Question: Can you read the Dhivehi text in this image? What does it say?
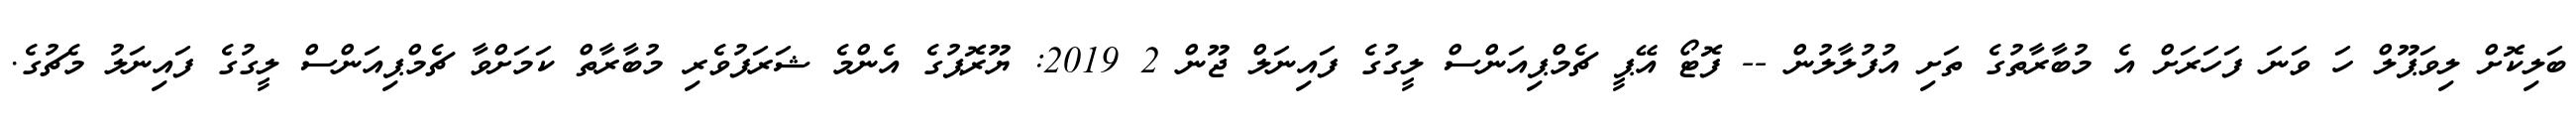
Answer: ބަލިކޮށް ލިވަޕޫލް ހަ ވަނަ ފަހަރަށް އެ މުބާރާތުގެ ތަށި އުފުލާލުން -- ފޮޓޯ އޭޕީ ޗެމްޕިއަންސް ލީގުގެ ފައިނަލް ޖޫން 2 2019: ޔޫރޮޕުގެ އެންމެ ޝަރަފުވެރި މުބާރާތް ކަމަށްވާ ޗެމްޕިއަންސް ލީގުގެ ފައިނަލު މެޗުގެ.